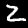
Digit: 2